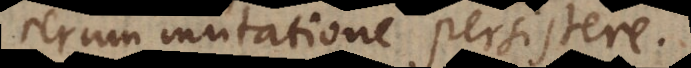
rerum mutatione persistere.